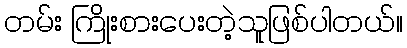
တမ်း ကြိုးစားပေးတဲ့သူဖြစ်ပါတယ်။